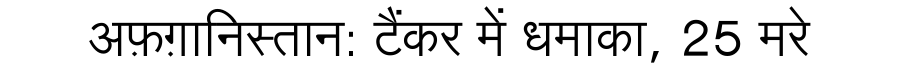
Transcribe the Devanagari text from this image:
अफ़ग़ानिस्तान: टैंकर में धमाका, 25 मरे